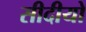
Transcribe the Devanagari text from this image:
सीदीयो